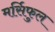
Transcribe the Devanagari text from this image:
मर्सिफुल